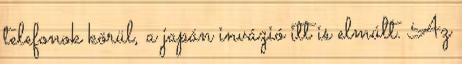
telefonok körül, a japán invázió itt is elmúlt. Az